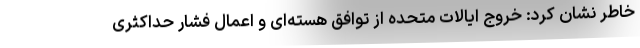
خاطر نشان کرد: خروج ایالات متحده از توافق هسته‌ای و اعمال فشار حداکثری